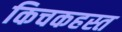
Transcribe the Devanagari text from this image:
किचकहस्त